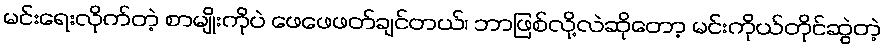
မင်းရေးလိုက်တဲ့ စာမျိုးကိုပဲ ဖေဖေဖတ်ချင်တယ်၊ ဘာဖြစ်လို့လဲဆိုတော့ မင်းကိုယ်တိုင်ဆွဲတဲ့